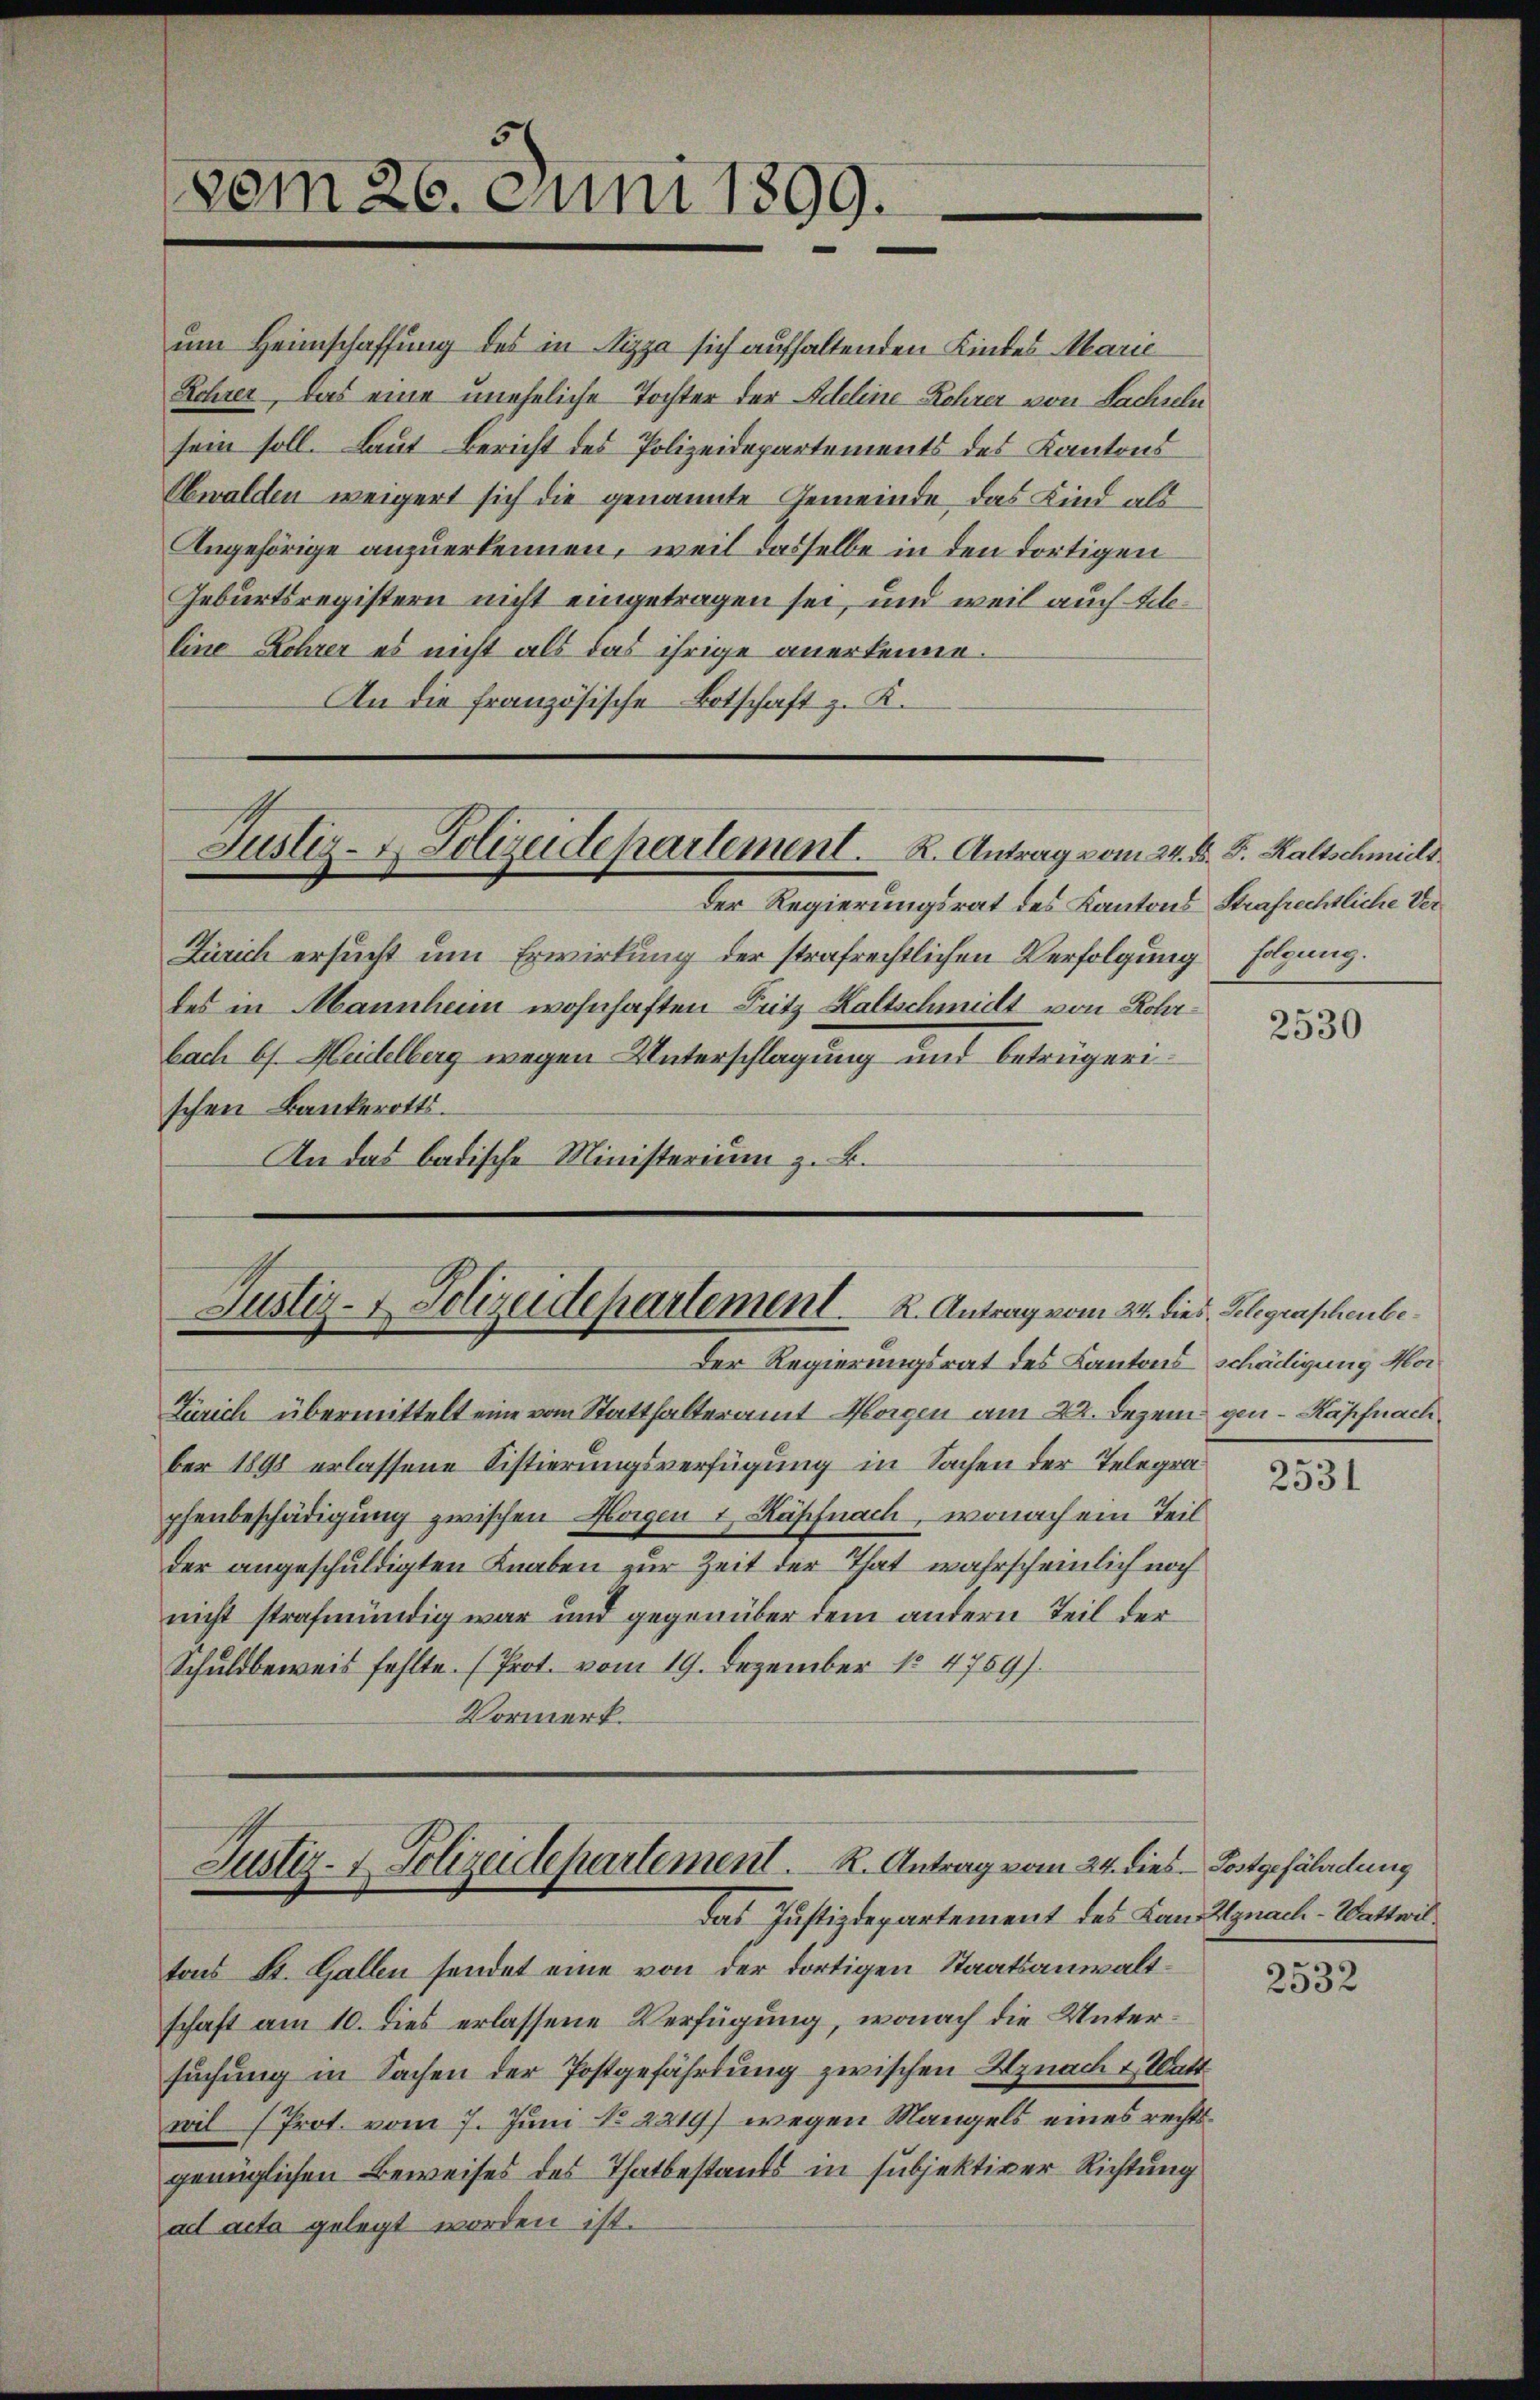
um Heimschaffung des in Nizza sich aufhaltenden Kindes Marie
Schrer, das eine uneheliche Tochter der Adeline Rohrer von Sachseln
sein soll. Laut Bericht des Polizeidepartements des Kantons
Obwalden weigert sich die genannte Gemeinde, das Kind als
Angehörige anzuerkennen, weil dasselbe in den dortigen
Geburtsregistern nicht eingetragen sei, und weil auch alline Lehrer es nicht als das ihrige anerkenne.
An die französische Botschaft z. K.

vom 26. Juni 1899.

Justiz- u. Polizeidepartement. K. Antrag vom 24. D. S. Kaltschmitt

der Regierungsrat des Kantons Sensrechtliche Ver
Zürich ersucht um Erwirkung der strafrechtlichen Verfolgung folgung.
des in Mannheim wohnhaften Sutz Kaltschmidt von Rohrbach Hs. Heidelberg wegen Unterschlagung und betrügerischen Bankerotts¬
An das badische Ministerium z. B.

Justiz- & Polizeidepartement. K. Antrag vom 24. dies Belegraschenbe¬
Der Regierungsrat des Kantons Schädigung Hor¬

Zürich übermittelt eine vom Statthalteramt Horgen am 22. Dezem gen Käpfnach
ber 1898 erlassene Sistierungsverfügung in Sachen der Telegraphenbeschädigung zwischen Klagen & Käpfnach, wonach ein Teil
der angeschuldigten Knaben zur Zeit der That wahrscheinlich noch
nicht strafmündig war und gegenüber dem andern Teil der
Schuldbeweis fehlte. (Prot. vom 19. Dezember 184759).
Vormerk.

Justiz- & Polizeidepartement. R. Antrag vom 24. dies Postgefährdung
das Justizdepartement des Land Jgnach - Wattwil¬

tons St. Gallen sendet eine von der dortigen Staatsanwaltschaft am 10. dies erlassene Verfügung, wonach die Untersuchung in Sachen der Postgefährtung zwischen Uznach & Watt
wil (Prot. vom 7. Juni No 2219) wegen Mangels eines rechtsgenüglichen Beweises des Thatbestands in subjektiver Richtung
ad acta gelegt worden ist.

2530

2531

2532